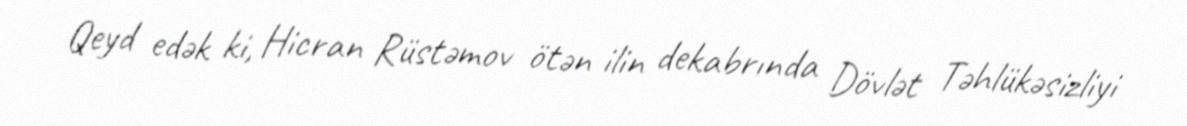
Qeyd edək ki, Hicran Rüstəmov ötən ilin dekabrında Dövlət Təhlükəsizliyi